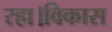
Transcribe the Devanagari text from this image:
रहा।विकास